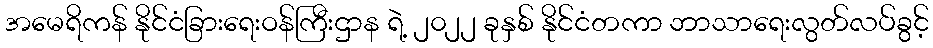
အမေရိကန် နိုင်ငံခြားရေးဝန်ကြီးဌာန ရဲ့ ၂၀၂၂ ခုနှစ် နိုင်ငံတကာ ဘာသာရေးလွတ်လပ်ခွင့်